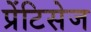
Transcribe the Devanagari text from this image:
प्रेंटिसेज